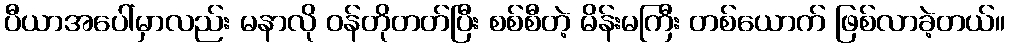
ပီယာအပေါ်မှာလည်း မနာလို ဝန်တိုတတ်ပြီး စစ်စီတဲ့ မိန်းမကြီး တစ်ယောက် ဖြစ်လာခဲ့တယ်။